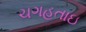
ચગહતાઇ